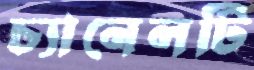
চ্যানেলটি